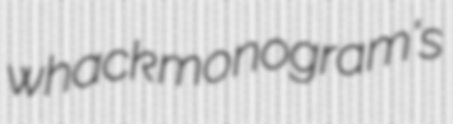
whack monogram's